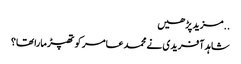
..مزید پڑھیں
شاہد آفریدی نے محمد عامر کو تھپڑ مارا تھا؟